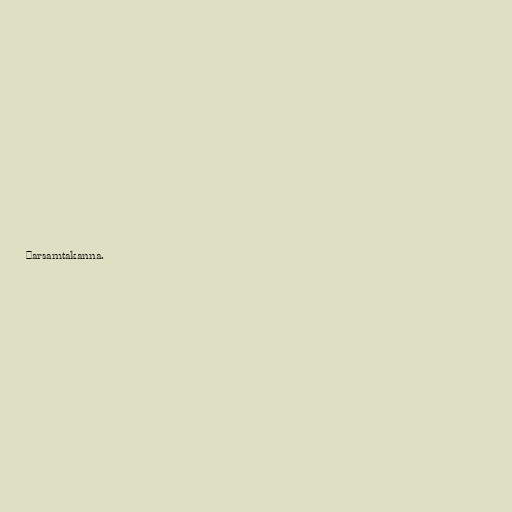
ðarsamtakanna.